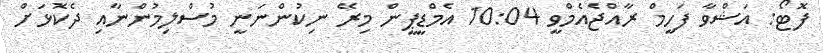
ފޮޓޯ: އަޝްވާ ފަހީމް ރާއްޖެއެމްވީ 10:04 އެމްޑީޕީން މިރޭ ނިކުންނަނީ މުސްލިމުންނާއި ދެކޮޅަށް